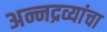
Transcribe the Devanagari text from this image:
अन्नद्रव्यांचा